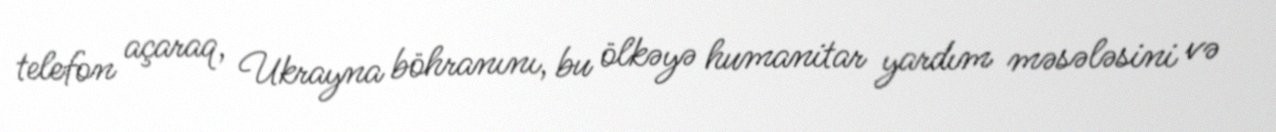
telefon açaraq, Ukrayna böhranını, bu ölkəyə humanitar yardım məsələsini və